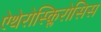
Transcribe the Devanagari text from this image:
ऐथेरोस्क्लिरोसिस